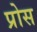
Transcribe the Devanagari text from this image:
प्रोस